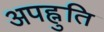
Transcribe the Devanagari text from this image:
अपह्नुति